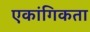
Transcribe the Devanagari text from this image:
एकांगिकता